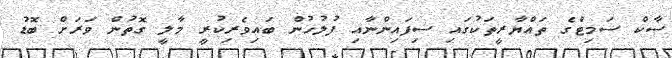
ސާކް ސަމިޓްގެ ތައްޔާރީތަކުގައި ސިފައިންނާއި ފުލުހުން ބައިވެރިކުރީ މާލީ ގޮތުން ވަރަށް ބޮޑު